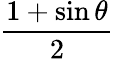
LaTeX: \frac{1+\sin\theta}{2}